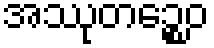
အဿုတဉ္စေဝ